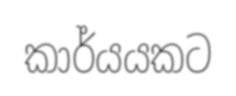
කාර්යයකට